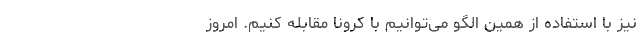
نیز با استفاده از همین الگو می‌توانیم با کرونا مقابله کنیم. امروز